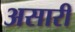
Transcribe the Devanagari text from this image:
असारी